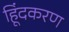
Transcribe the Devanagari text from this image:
हिूंदकरण